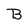
Character: B